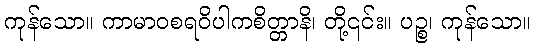
ကုန်သော။ ကာမာဝစရဝိပါကစိတ္တာနိ၊ တို့၎င်း။ ပဉ္စ၊ ကုန်သော။